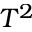
T ^ { 2 }